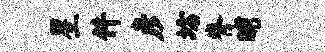
星件彦坊脊晡